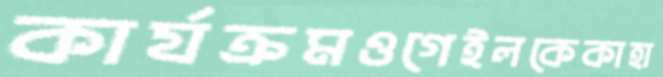
কার্যক্রমওগেইলকেকাহা